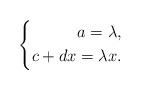
LaTeX: \begin{align*}\left\{\begin{aligned}a=\lambda,\\c+dx=\lambda x.\end{aligned}\right.\end{align*}